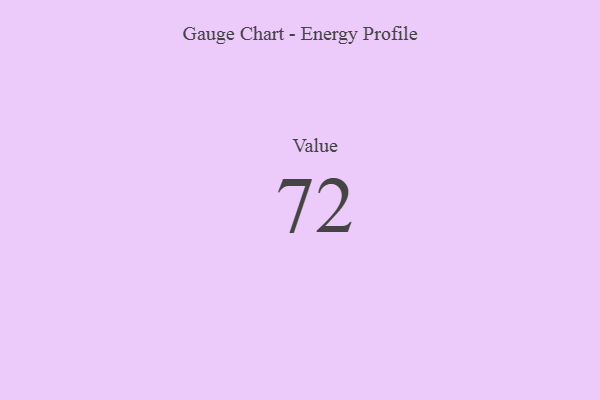
{"axis": {"x": "Metric", "y": "Value"}, "legend": [""], "data": [{"x": "Value", "y": 72, "type": ""}]}